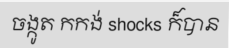
ចង្កូត កកង់ shocks ក៏បាន